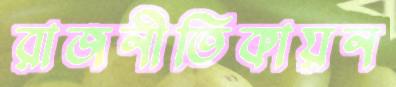
রাজনীতিকায়ন